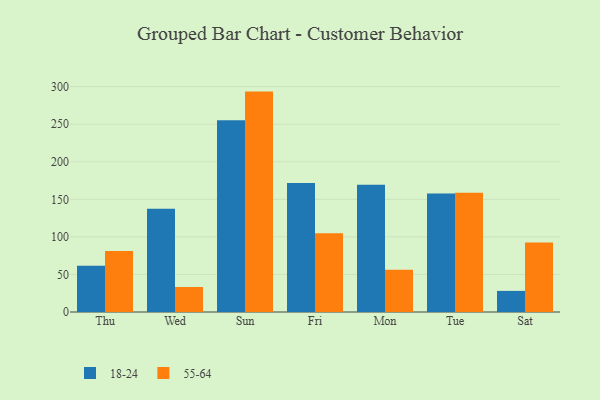
{"axis": {"x": "Day", "y": "Page Views"}, "legend": ["18-24", "55-64"], "data": [{"x": "Thu", "y": 61.5, "type": "18-24"}, {"x": "Thu", "y": 81.2, "type": "55-64"}, {"x": "Wed", "y": 137.4, "type": "18-24"}, {"x": "Wed", "y": 33.3, "type": "55-64"}, {"x": "Sun", "y": 255.4, "type": "18-24"}, {"x": "Sun", "y": 293.4, "type": "55-64"}, {"x": "Fri", "y": 171.6, "type": "18-24"}, {"x": "Fri", "y": 104.9, "type": "55-64"}, {"x": "Mon", "y": 169.4, "type": "18-24"}, {"x": "Mon", "y": 56.4, "type": "55-64"}, {"x": "Tue", "y": 157.9, "type": "18-24"}, {"x": "Tue", "y": 158.6, "type": "55-64"}, {"x": "Sat", "y": 28.1, "type": "18-24"}, {"x": "Sat", "y": 92.4, "type": "55-64"}]}